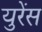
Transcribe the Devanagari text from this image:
युरेंस